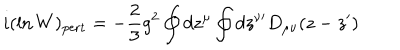
i ( \ln W ) _ { \mathrm { p e r t } } = - { \frac { 2 } { 3 } } g ^ { 2 } \oint d z ^ { \mu } \oint d z ^ { \nu \prime } D _ { \mu \nu } ( z - z ^ { \prime } )